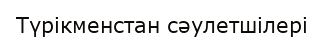
Түрікменстан сәулетшілері